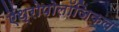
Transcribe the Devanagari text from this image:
ऐंथ्रोपोलॉजिकल